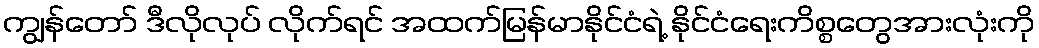
ကျွန်တော် ဒီလိုလုပ် လိုက်ရင် အထက်မြန်မာနိုင်ငံရဲ့ နိုင်ငံရေးကိစ္စတွေအားလုံးကို